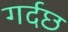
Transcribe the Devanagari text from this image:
गर्दछ